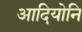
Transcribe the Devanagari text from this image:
आदियोनि